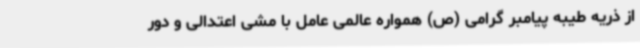
از ذریه طیبه پیامبر گرامی (ص) همواره عالمی عامل با مشی اعتدالی و دور